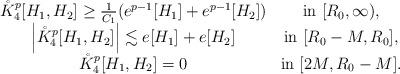
LaTeX: \begin{align*}\begin{array}{cc}\mathring{K}_4^p[H_1,H_2]\geq \frac{1}{C_1} (e^{p-1}[H_1]+e^{p-1}[H_2]) & \textup{in}\ [R_0,\infty),\\\Big|\mathring{K}_4^p[H_1,H_2]\Big|\lesssim e[H_1]+e[H_2] & \textup{in}\ [R_0-M,R_0],\\\mathring{K}_4^p[H_1,H_2]=0 & \textup{in}\ [2M,R_0-M].\end{array}\end{align*}